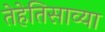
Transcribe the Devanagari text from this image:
तेहेतिसाव्या